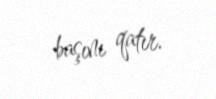
başını qatır.